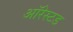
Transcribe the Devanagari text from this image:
ऑरेस्टड